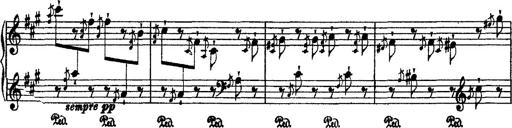
Title: 2 KonzertetÃ¼den
Composer: Franz Liszt